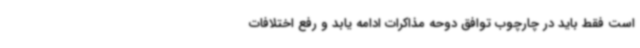
است فقط باید در چارچوب توافق دوحه مذاکرات ادامه یابد و رفع اختلافات